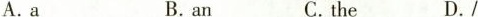
A.a B.an C.the D./